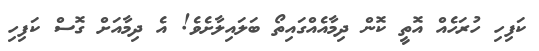
ކަފިހި ހުރަހެއް އޮތީ ކޮން ދިމާއެއްގައިތޯ ބަލައިލާށެވެ! އެ ދިމާއަށް ގޮސް ކަފިހި